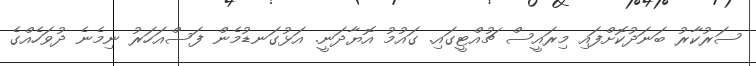
ސަރުކާރު ބަނަދުކޮށްފައި މިރައީސް ޗުއްޓީގައި. ގައުމު އޮޔާދަނީ. އަޅުގަނޑުމެން ފަސްއަހަރު ނިމެނެ ދުވަހެއްގެ